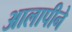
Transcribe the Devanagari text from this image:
आलापीने